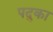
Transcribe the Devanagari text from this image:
पदुका